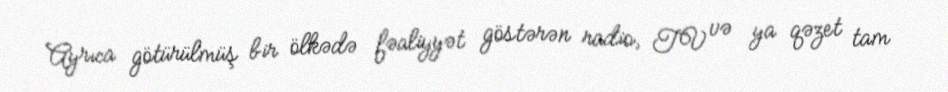
Ayrıca götürülmüş bir ölkədə fəaliyyət göstərən radio, TV və ya qəzet tam